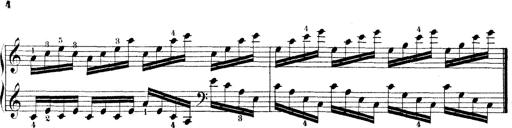
Title: Technische Studien
Composer: Franz Liszt